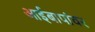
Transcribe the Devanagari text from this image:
आईबापांवर